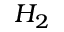
H _ { 2 }